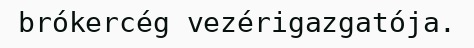
brókercég vezérigazgatója.